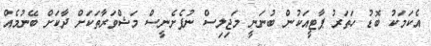
އެކަމަކު ބޮޑު ހަތަރު ޕާޓީއަކުން ބުނަނީ މަޖިލިސް ނުފެށެނީސް މަޝްވަރާތަކަށް ދާކަށް ބޭނުމެއް